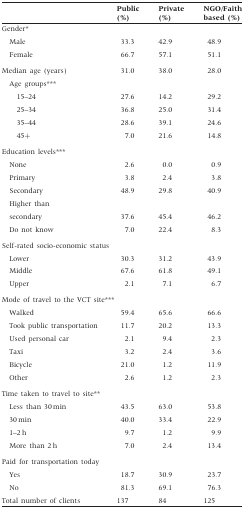
<table><thead><tr><td></td><td><b>Public (%)</b></td><td><b>Private (%)</b></td><td><b>NGO/Faith based (%)</b></td></tr></thead><tbody><tr><td colspan="4">Gender*</td></tr><tr><td>Male</td><td>33.3</td><td>42.9</td><td>48.9</td></tr><tr><td>Female</td><td>66.7</td><td>57.1</td><td>51.1</td></tr><tr><td>Median age (years)</td><td>31.0</td><td>38.0</td><td>28.0</td></tr><tr><td colspan="4"> Age groups***</td></tr><tr><td>15–24</td><td>27.6</td><td>14.2</td><td>29.2</td></tr><tr><td>25–34</td><td>36.8</td><td>25.0</td><td>31.4</td></tr><tr><td>35–44</td><td>28.6</td><td>39.1</td><td>24.6</td></tr><tr><td>45+</td><td>7.0</td><td>21.6</td><td>14.8</td></tr><tr><td colspan="4">Education levels***</td></tr><tr><td>None</td><td>2.6</td><td>0.0</td><td>0.9</td></tr><tr><td>Primary</td><td>3.8</td><td>2.4</td><td>3.8</td></tr><tr><td>Secondary</td><td>48.9</td><td>29.8</td><td>40.9</td></tr><tr><td>Higher than</td><td></td><td></td><td></td></tr><tr><td>secondary</td><td>37.6</td><td>45.4</td><td>46.2</td></tr><tr><td>Do not know</td><td>7.0</td><td>22.4</td><td>8.3</td></tr><tr><td colspan="4">Self-rated socio-economic status</td></tr><tr><td>Lower</td><td>30.3</td><td>31.2</td><td>43.9</td></tr><tr><td>Middle</td><td>67.6</td><td>61.8</td><td>49.1</td></tr><tr><td>Upper</td><td>2.1</td><td>7.1</td><td>6.7</td></tr><tr><td colspan="4">Mode of travel to the VCT site***</td></tr><tr><td>Walked</td><td>59.4</td><td>65.6</td><td>66.6</td></tr><tr><td>Took public transportation</td><td>11.7</td><td>20.2</td><td>13.3</td></tr><tr><td>Used personal car</td><td>2.1</td><td>9.4</td><td>2.3</td></tr><tr><td>Taxi</td><td>3.2</td><td>2.4</td><td>3.6</td></tr><tr><td>Bicycle</td><td>21.0</td><td>1.2</td><td>11.9</td></tr><tr><td>Other</td><td>2.6</td><td>1.2</td><td>2.3</td></tr><tr><td colspan="4">Time taken to travel to site**</td></tr><tr><td>Less than 30 min</td><td>43.5</td><td>63.0</td><td>53.8</td></tr><tr><td>30 min</td><td>40.0</td><td>33.4</td><td>22.9</td></tr><tr><td>1–2 h</td><td>9.7</td><td>1.2</td><td>9.9</td></tr><tr><td>More than 2 h</td><td>7.0</td><td>2.4</td><td>13.4</td></tr><tr><td colspan="4">Paid for transportation today</td></tr><tr><td>Yes</td><td>18.7</td><td>30.9</td><td>23.7</td></tr><tr><td>No</td><td>81.3</td><td>69.1</td><td>76.3</td></tr><tr><td>Total number of clients</td><td>137</td><td>84</td><td>125</td></tr></tbody></table>